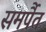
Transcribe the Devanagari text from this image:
समर्पैत